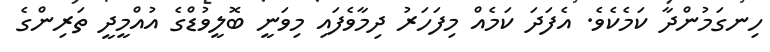
ހިނގަމުންދާ ކަމެކެވެ. އެފަދަ ކަމެއް މިފަހަރު ދިމާވެފައި މިވަނީ ބޮލީވުޑްގެ އުއްމީދީ ތަރިންގެ